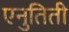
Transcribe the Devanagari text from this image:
एनुतिती